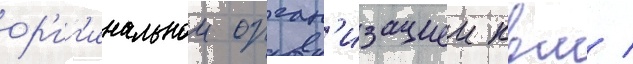
ор'иг'инальнои орган'изациеи квм /